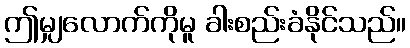
ဤမျှလောက်ကိုမူ ခါးစည်းခံနိုင်သည်။